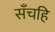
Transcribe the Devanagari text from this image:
सँचहि